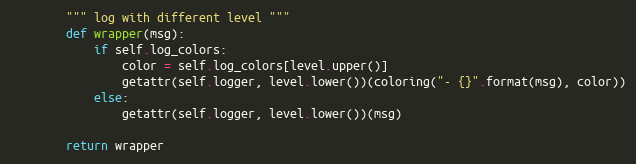
Language: Python
        """ log with different level """
        def wrapper(msg):
            if self.log_colors:
                color = self.log_colors[level.upper()]
                getattr(self.logger, level.lower())(coloring("- {}".format(msg), color))
            else:
                getattr(self.logger, level.lower())(msg)

        return wrapper